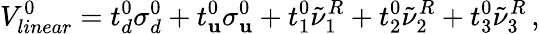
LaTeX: V_{linear}^{0}=t_{d}^{0}\sigma_{d}^{0}+t_{\mathbf{u}}^{0}\sigma_{\mathbf{u}}^{0}+t_{1}^{0}\tilde{{\nu}}_{1}^{R}+t_{2}^{0}\tilde{{\nu}}_{2}^{R}+t_{3}^{0}\tilde{{\nu}}_{3}^{R}\, ,